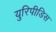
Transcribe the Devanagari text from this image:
युरिपीडिस